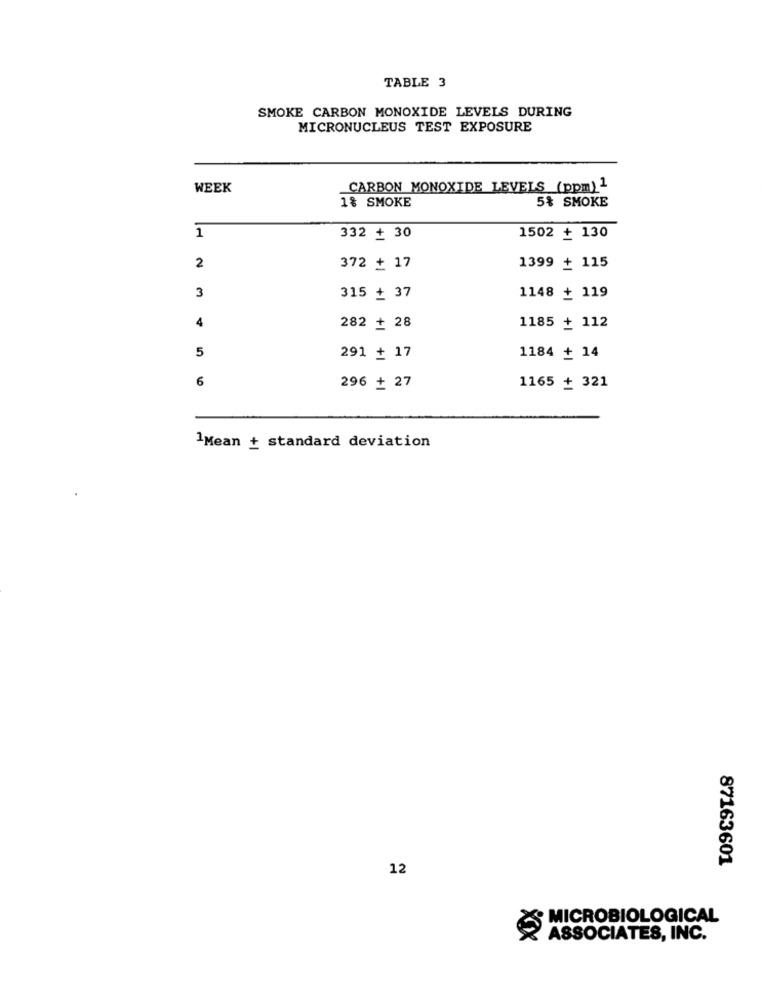
TABLE 3
SMOKE CARBON MONOXIDE LEVELS DURING
MICRONUCLEUS TEST EXPOSURE
WEEK
CARBON MONOXIDE LEVELS (ppm) 1
5% SMOKE
1% SMOKE
1
332 + 30
1502 + 130
2
372 + 17
1399 + 115
3
315 + 37
1148 + 119
4
282 + 28
1185 + 112
5
291 + 17
1184 + 14
6
296 + 27
1165 + 321
1Mean + standard deviation
87163601
12
MICROBIOLOGICAL
ASSOCIATES, INC.